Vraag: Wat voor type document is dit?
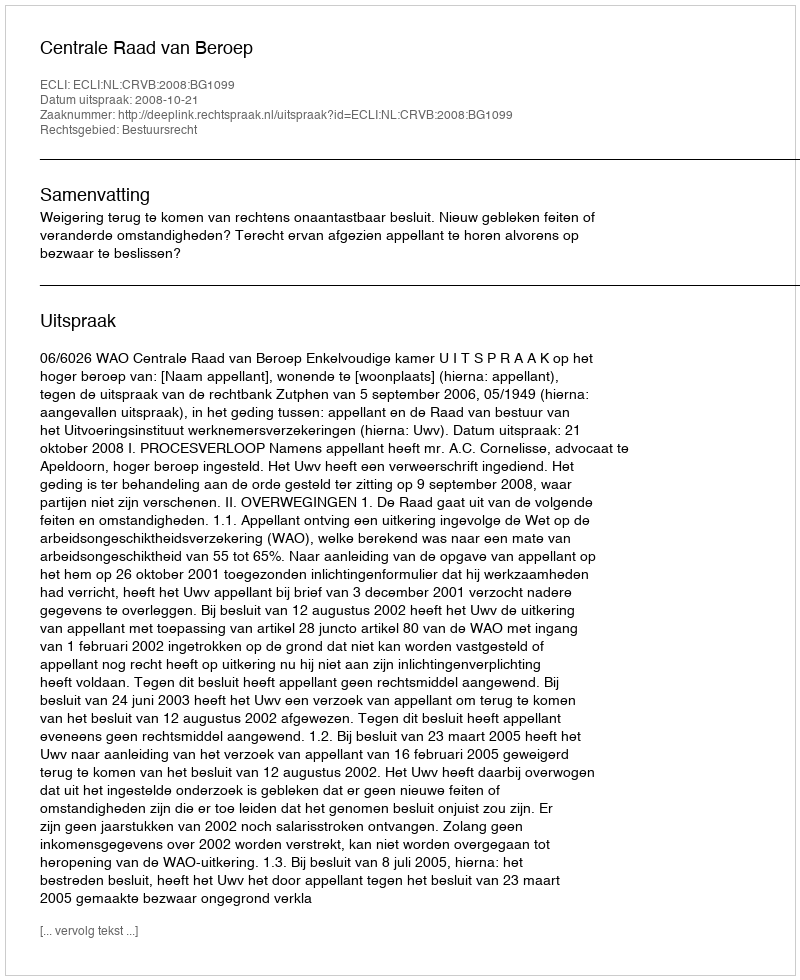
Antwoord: Uitspraak